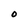
Character: O